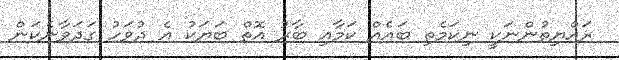
ރައްޔިތުންނަކީ ނިކަމެތި ބައެއް ކަމާއި ބާރު އޮތް ބަޔަކު އެ ދުވަހު ގަދަވާނެކަން